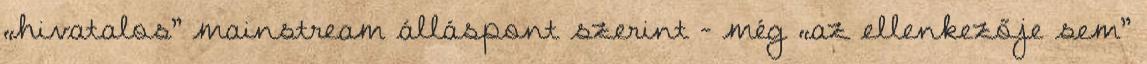
„hivatalos” mainstream álláspont szerint - még „az ellenkezője sem”